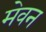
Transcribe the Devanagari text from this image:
मेवन